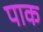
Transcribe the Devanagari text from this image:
पाक